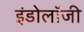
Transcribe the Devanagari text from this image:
इंडोलॉजी